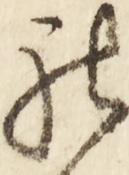
礼